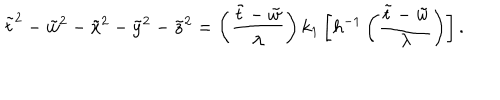
LaTeX: \tilde { t } ^ { 2 } - \tilde { w } ^ { 2 } - \tilde { x } ^ { 2 } - \tilde { y } ^ { 2 } - \tilde { z } ^ { 2 } = \left( \frac { \tilde { t } - \tilde { w } } { \lambda } \right) k _ { 1 } \left[ h ^ { - 1 } \left( \frac { \tilde { t } - \tilde { w } } { \lambda } \right) \right] .